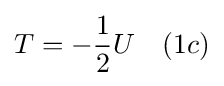
T=-{\frac {1}{2}}U\ \ \ (1c)